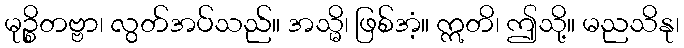
မုဉ္စိတဗ္ဗာ၊ လွတ်အပ်သည်။ အသ္မိ၊ ဖြစ်အံ့။ ဣတိ၊ ဤသို့။ မညသိနု၊